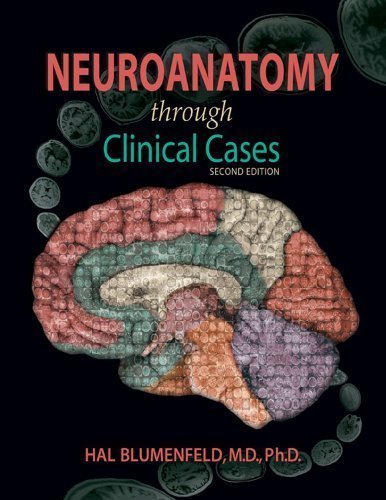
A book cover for Neuroanatomy Through Clinical Cases, Second Edition, Text with Interactive eBook (Blumenfeld, Neuroanatomy Through Clinical Cases) (Edition Second) by Hal Blumenfeld [Paperback(2011Â£Â©]; Medical Books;